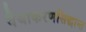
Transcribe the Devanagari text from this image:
वैयाकरणसिद्धान्त